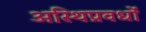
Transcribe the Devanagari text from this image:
अस्थिप्रवर्धों